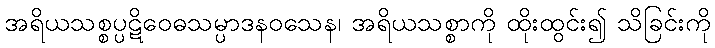
အရိယသစ္စပ္ပဋိဝေဓသမ္ပာဒနဝသေန၊ အရိယသစ္စာကို ထိုးထွင်း၍ သိခြင်းကို